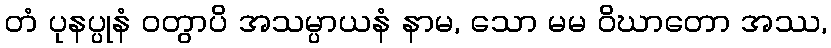
တံ ပုနပ္ပုနံ ဝတွာပိ အသမ္ပာယနံ နာမ, သော မမ ဝိဃာတော အဿ,